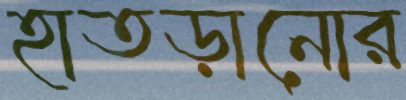
হাতড়ানোর